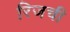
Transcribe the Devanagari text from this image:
रिजची